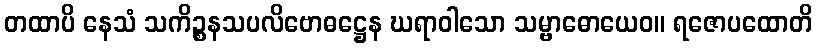
တထာပိ နေသံ သကိဉ္စနသပလိဗောဓဋ္ဌေန ဃရာဝါသော သမ္ဗာဓောယေဝ။ ရဇောပထောတိ